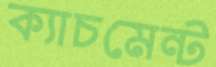
ক্যাচমেন্ট